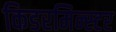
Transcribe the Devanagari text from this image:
किडरमिन्स्टर